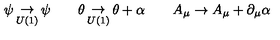
\psi \mathop \to _ { U ( 1 ) } \psi \qquad \theta \mathop \to _ { U ( 1 ) } \theta + \alpha \qquad A _ { \mu } \to A _ { \mu } + \partial _ { \mu } \alpha